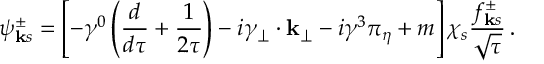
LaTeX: \psi _ { { \bf k } s } ^ { \pm } = \left[ - \gamma ^ { 0 } \left( { \frac { d } { d \tau } } + \frac { 1 } { 2 \tau } \right) - i \gamma _ { \bf { { \perp } } } \cdot { \bf { k _ { \perp } } } - i \gamma ^ { 3 } \pi _ { \eta } + m \right] \chi _ { s } { \frac { f _ { { \bf k } s } ^ { \pm } } { \sqrt \tau } } \, .